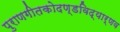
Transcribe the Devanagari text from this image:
पुराणगीतकोदण्डविद्यार्णव